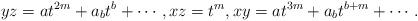
LaTeX: \begin{align*}yz=at^{2m} + a_bt^b + \cdots,xz= t^m,xy= at^{3m} + a_bt^{b+m}+ \cdots.\end{align*}